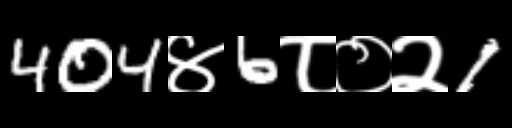
Text: 404४6८०२1